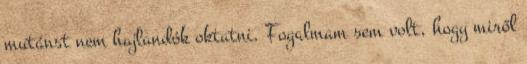
mutánst nem hajlandók oktatni. Fogalmam sem volt, hogy miről